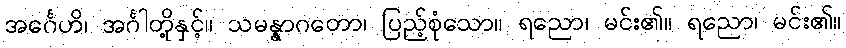
အင်္ဂေဟိ၊ အင်္ဂါတို့နှင့်။ သမန္နာဂတော၊ ပြည့်စုံသော။ ရညော၊ မင်း၏။ ရညော၊ မင်း၏။